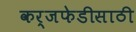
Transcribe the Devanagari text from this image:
कर्जफेडीसाठी